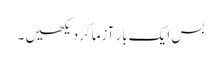
بس ایک بار آزماکر دیکھیں ۔